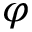
\varphi